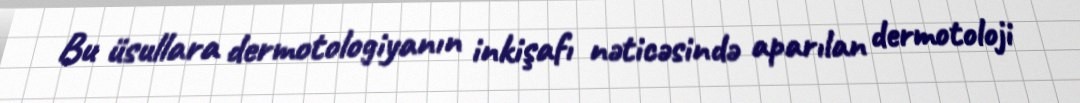
Bu üsullara dermotologiyanın inkişafı nəticəsində aparılan dermotoloji